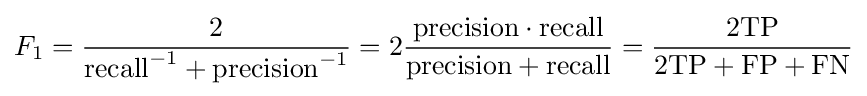
F_{1}={\frac {2}{\mathrm {recall} ^{-1}+\mathrm {precision} ^{-1}}}=2{\frac {\mathrm {precision} \cdot \mathrm {recall} }{\mathrm {precision} +\mathrm {recall} }}={\frac {2\mathrm {TP} }{2\mathrm {TP} +\mathrm {FP} +\mathrm {FN} }}